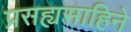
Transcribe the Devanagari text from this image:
प्रसह्यसाहिने